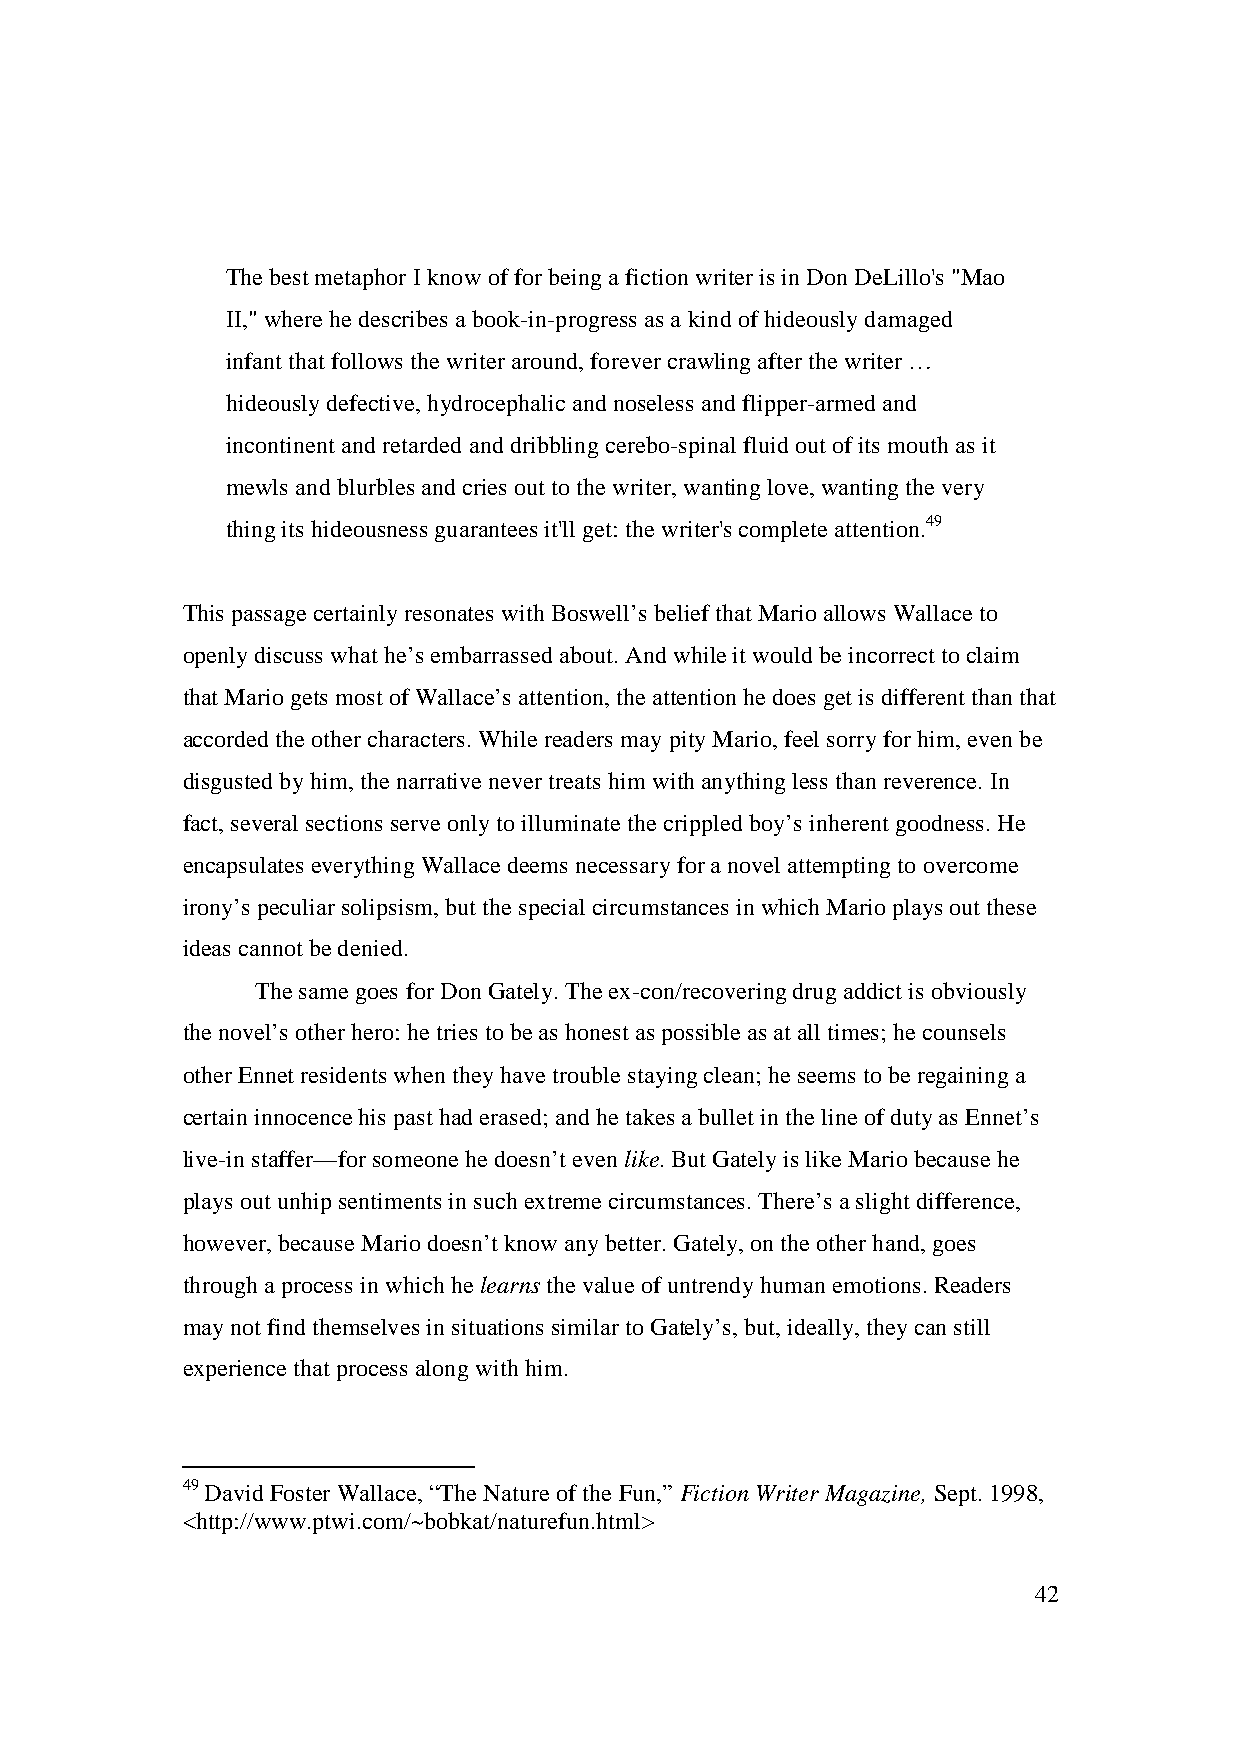
The best metaphor I know of for being a fiction writer is in Don DeLillo's "Mao
 II," where he describes a book-in-progress as a kind of hideously damaged
 infant that follows the writer around, forever crawling after the writer …
 hideously defective, hydrocephalic and noseless and flipper-armed and
 incontinent and retarded and dribbling cerebo-spinal fluid out of its mouth as it
 mewls and blurbles and cries out to the writer, wanting love, wanting the very
 thing its hideousness guarantees it'll get: the writer's complete attention.49
 This passage certainly resonates with Boswell’s belief that Mario allows Wallace to
 openly discuss what he’s embarrassed about. And while it would be incorrect to claim
 that Mario gets most of Wallace’s attention, the attention he does get is different than that
 accorded the other characters. While readers may pity Mario, feel sorry for him, even be
 disgusted by him, the narrative never treats him with anything less than reverence. In
 fact, several sections serve only to illuminate the crippled boy’s inherent goodness. He
 encapsulates everything Wallace deems necessary for a novel attempting to overcome
 irony’s peculiar solipsism, but the special circumstances in which Mario plays out these
 ideas cannot be denied.
 The same goes for Don Gately. The ex-con/recovering drug addict is obviously
 the novel’s other hero: he tries to be as honest as possible as at all times; he counsels
 other Ennet residents when they have trouble staying clean; he seems to be regaining a
 certain innocence his past had erased; and he takes a bullet in the line of duty as Ennet’s
 live-in staffer—for someone he doesn’t even like. But Gately is like Mario because he
 plays out unhip sentiments in such extreme circumstances. There’s a slight difference,
 however, because Mario doesn’t know any better. Gately, on the other hand, goes
 through a process in which he learns the value of untrendy human emotions. Readers
 may not find themselves in situations similar to Gately’s, but, ideally, they can still
 experience that process along with him.
 49 David Foster Wallace, “The Nature of the Fun,” Fiction Writer Magazine, Sept. 1998,
 <http://www.ptwi.com/~bobkat/naturefun.html>
 42